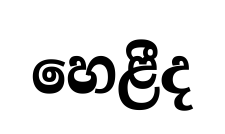
හෙළීද